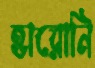
হারোনি